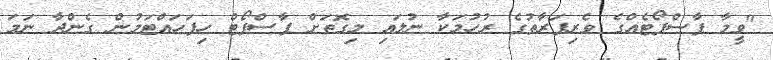
"ވީމާ ޕާސްޕޯޓެއްގެ ވެރިފަރާތުގެ ރުހުމަކާ ނުލައި މިގޮތަށް ޕާސްޕޯޓް ހިފަހައްޓަމުން ގެންދާ ނަމަ